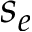
s _ { e }